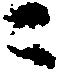
ニ